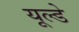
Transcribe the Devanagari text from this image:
यूल्डे